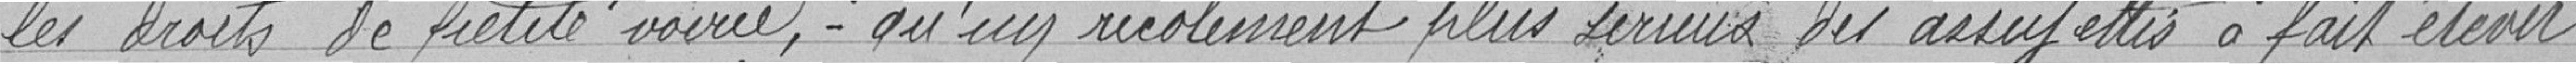
Les droits de petite voirie, qu'un recollement plus sérieux des assujettis a fait élever